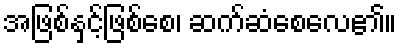
အဖြစ်နှင့်ဖြစ်စေ၊ ဆက်ဆံစေလေ၏။